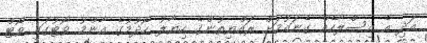
އަދި އެ އިސްލާހެއް ގެނައުމަށް ރައްޔިތުންގެ ހިޔާލު ހޯދުމުގެ އާންމު ވޯޓުގައި ވޯޓް